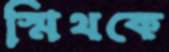
স্মিথকে